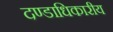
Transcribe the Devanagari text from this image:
दण्डाधिकारीय